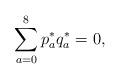
LaTeX: \begin{align*}\sum_{a=0}^8 p^*_a q^*_a=0, \end{align*}